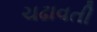
ચઢાવતી